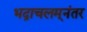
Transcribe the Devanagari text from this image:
भद्राचलम्‌नंतर